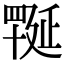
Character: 𦋪